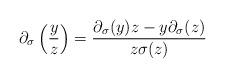
LaTeX: \begin{align*}\partial_{\sigma}\left(\frac yz\right) = \frac {\partial_{\sigma}(y)z - y\partial_{\sigma}(z)}{z\sigma(z)}\end{align*}